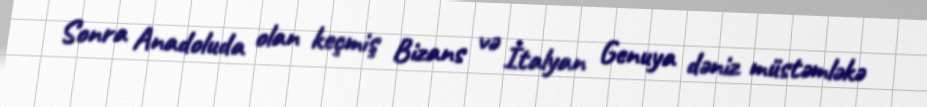
Sonra Anadoluda olan keçmiş Bizans və İtalyan Genuya dəniz müstəmləkə